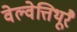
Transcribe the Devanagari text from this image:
वेल्वेत्तिथूरै